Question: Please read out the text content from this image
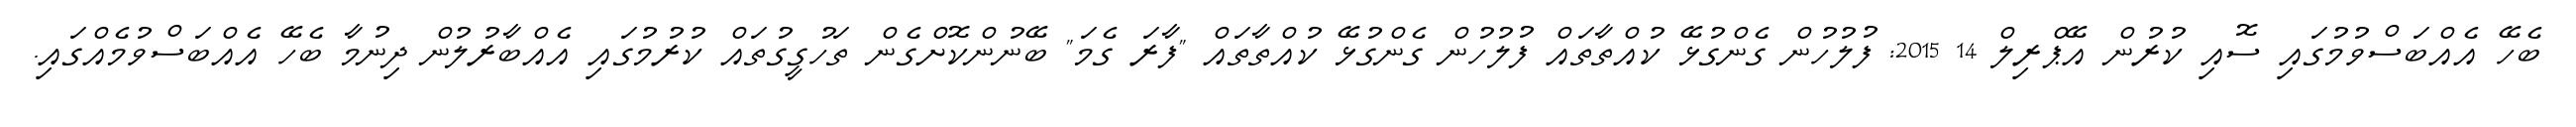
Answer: ބެހޭ އެއްބަސްވުމުގައި ސޮއި ކުރުން އޭޕްރިލް 14 2015: ފުލުހުން ގެންގުޅޭ ކުއްތާތައް ފުލުހުން ގެންގުޅޭ ކުއްތާތައް "ފާރަ ގެމަ" ބޭނުންކޮށްގެން ތަހުގީގުތައް ކުރުމުގައި އެއްބާރުލުން ދިނުމާ ބެހޭ އެއްބަސްވުމެއްގައި.